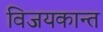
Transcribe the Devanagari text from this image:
विजयकान्त